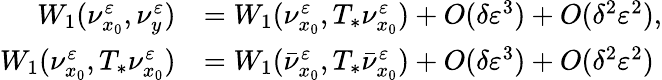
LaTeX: \begin{array}{rl}{W_{1}(\nu_{x_{0}}^{\varepsilon},\nu_{y}^{\varepsilon})}&{=W_{1}(\nu_{x_{0}}^{\varepsilon},T_{*}\nu_{x_{0}}^{\varepsilon})+O(\delta\varepsilon^{3})+O(\delta^{2}\varepsilon^{2}),}\\ {W_{1}(\nu_{x_{0}}^{\varepsilon},T_{*}\nu_{x_{0}}^{\varepsilon})}&{=W_{1}(\bar{\nu}_{x_{0}}^{\varepsilon},T_{*}\bar{\nu}_{x_{0}}^{\varepsilon})+O(\delta\varepsilon^{3})+O(\delta^{2}\varepsilon^{2})}\end{array}